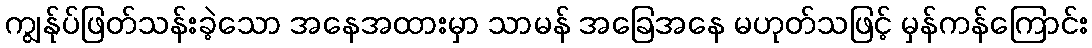
ကျွန်ုပ်ဖြတ်သန်းခဲ့သော အနေအထားမှာ သာမန် အခြေအနေ မဟုတ်သဖြင့် မှန်ကန်ကြောင်း